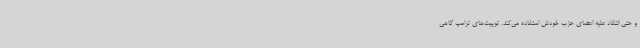
و حتی انتقاد علیه اعضای حزب خودش استفاده می‌کند. توییت‌های ترامپ گاهی